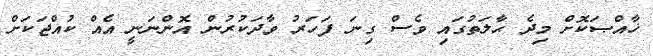
ޚާއްޞަކޮށް މިދެ ޙާލަތުގައި ވެސް ގިނަ ފަހަރު ވާދަކުރުން އޮންނަނީ އެއް ކުއްޖަކަށް